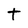
Character: t